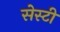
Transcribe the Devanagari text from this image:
सेस्टी